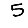
Digit: 5